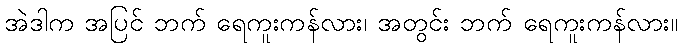
အဲဒါက အပြင် ဘက် ရေကူးကန်လား၊ အတွင်း ဘက် ရေကူးကန်လား။